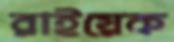
রাইয়েক